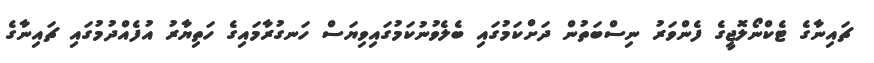
ޗައިނާގެ ޓެކްނޯލޮޖީގެ ފެންވަރު ނިސްބަތުން ދަށްކަމުގައި ބެލެވުނުކަމުގައިވިޔަސް ހަނގުރާމައިގެ ހަތިޔާރު އުފެއްދުމުގައި ޗައިނާގެ